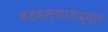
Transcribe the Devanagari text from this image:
बडवल्याबद्दल